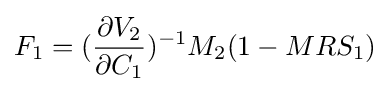
F_{1}=({\frac {\partial V_{2}}{\partial C_{1}}})^{-1}M_{2}(1-MRS_{1})